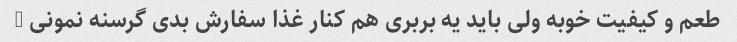
طعم و کیفیت خوبه ولی باید یه بربری هم کنار غذا سفارش بدی گرسنه نمونی …